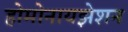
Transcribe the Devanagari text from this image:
होमोनायझेशन